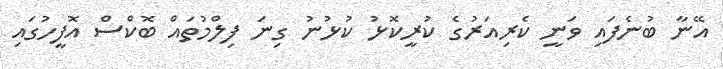
އޭނާ ބުނެފައި ވަނީ ކެރިއަރުގެ ކުރީކޮޅު ކުޅުނު ގިނަ ފިލްމުތައް ބޮކްސް އޮފީހުގައި